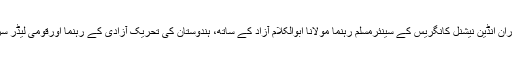
ہندوستانی تحریک آزادی کے دوران انڈین نیشنل کانگریس کے سینئرمسلم رہنما مولانا ابوالکلام آزاد کے ساتھ، ہندوستان کی تحریک آزادی کے رہنما اورقومی لیڈر سردار پٹیل (تصویر: گیٹی امیجز)۔